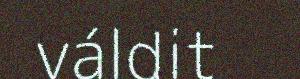
váldit